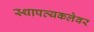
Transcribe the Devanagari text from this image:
स्थापत्यकलेवर